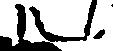
ル